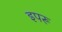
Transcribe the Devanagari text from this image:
इपरू